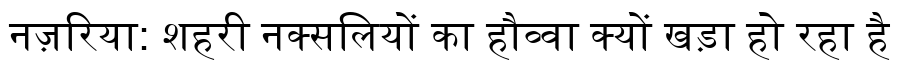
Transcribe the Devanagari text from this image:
नज़रिया: शहरी नक्सलियों का हौव्वा क्यों खड़ा हो रहा है